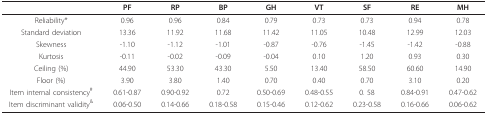
|  | PF | RP | BP | GH | VT | SF | RE | MH |
 | --- | --- | --- | --- | --- | --- | --- | --- | --- |
 | Reliability* | 0.96 | 0.96 | 0.84 | 0.79 | 0.73 | 0.73 | 0.94 | 0.78 |
 | Standard deviation | 13.36 | 11.92 | 11.68 | 11.42 | 11.05 | 10.48 | 12.99 | 12.03 |
 | Skewness | -1.10 | -1.12 | -1.01 | -0.87 | -0.76 | -1.45 | -1.42 | -0.88 |
 | Kurtosis | -0.11 | -0.02 | -0.09 | -0.04 | 0.10 | 1.20 | 0.93 | 0.30 |
 | Ceiling (%) | 44.90 | 53.30 | 43.30 | 5.50 | 13.40 | 58.50 | 60.60 | 14.90 |
 | Floor (%) | 3.90 | 3.80 | 1.40 | 0.70 | 0.40 | 0.70 | 3.10 | 0.20 |
 | Item internal consistency# | 0.61-0.87 | 0.90-0.92 | 0.72 | 0.50-0.69 | 0.48-0.55 | 0. 58 | 0.84-0.91 | 0.47-0.62 |
 | Item discriminant validity& | 0.06-0.50 | 0.14-0.66 | 0.18-0.58 | 0.15-0.46 | 0.12-0.62 | 0.23-0.58 | 0.16-0.66 | 0.06-0.62 |